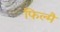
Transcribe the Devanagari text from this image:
फिल्मैं